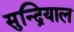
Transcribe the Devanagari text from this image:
सुन्द्रियाल